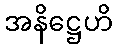
အနိဋ္ဌေဟိ